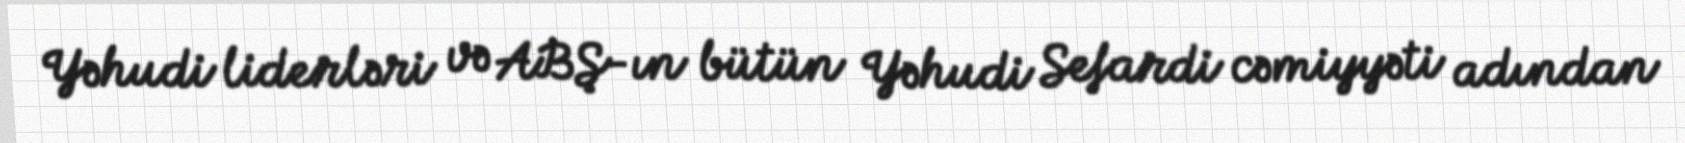
Yəhudi liderləri və ABŞ-ın bütün Yəhudi Sefardi cəmiyyəti adından